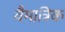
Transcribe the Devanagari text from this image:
वैमात्रिक